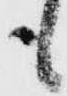
も